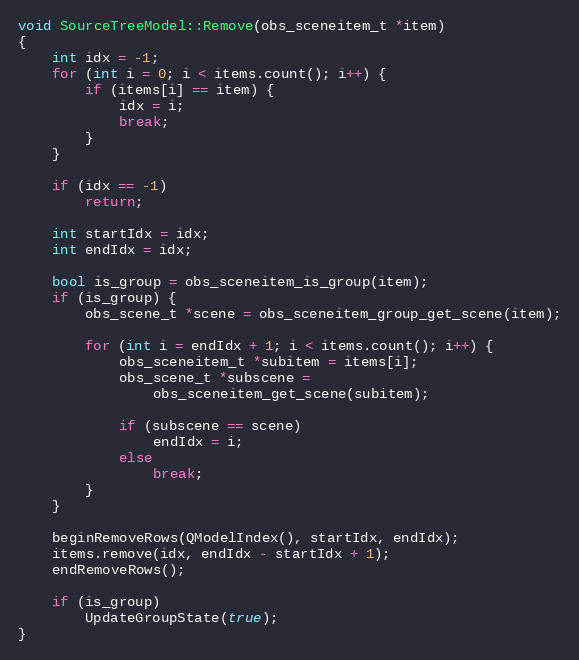
Language: C++
void SourceTreeModel::Remove(obs_sceneitem_t *item)
{
	int idx = -1;
	for (int i = 0; i < items.count(); i++) {
		if (items[i] == item) {
			idx = i;
			break;
		}
	}

	if (idx == -1)
		return;

	int startIdx = idx;
	int endIdx = idx;

	bool is_group = obs_sceneitem_is_group(item);
	if (is_group) {
		obs_scene_t *scene = obs_sceneitem_group_get_scene(item);

		for (int i = endIdx + 1; i < items.count(); i++) {
			obs_sceneitem_t *subitem = items[i];
			obs_scene_t *subscene =
				obs_sceneitem_get_scene(subitem);

			if (subscene == scene)
				endIdx = i;
			else
				break;
		}
	}

	beginRemoveRows(QModelIndex(), startIdx, endIdx);
	items.remove(idx, endIdx - startIdx + 1);
	endRemoveRows();

	if (is_group)
		UpdateGroupState(true);
}